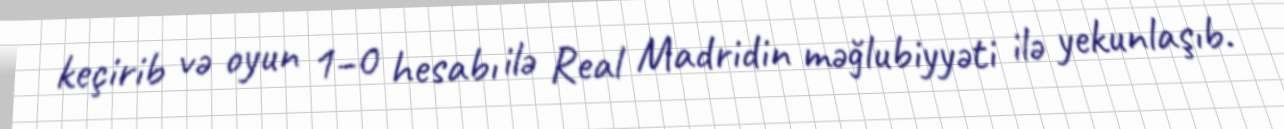
keçirib və oyun 1–0 hesabı ilə Real Madridin məğlubiyyəti ilə yekunlaşıb.